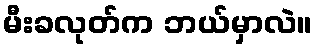
မီးခလုတ်က ဘယ်မှာလဲ။